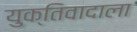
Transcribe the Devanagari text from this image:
युक्तिवादाला